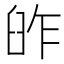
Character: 𦥬